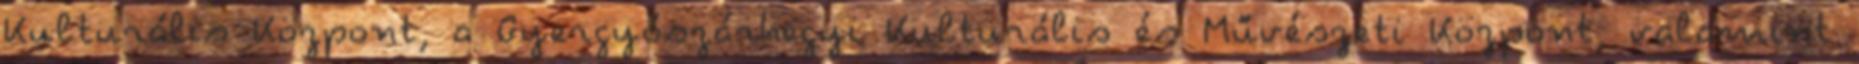
Kulturális Központ, a Gyergyószárhegyi Kulturális és Művészeti Központ, valamint